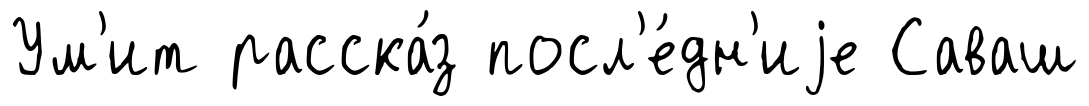
Ум'ит расска́з посл'е́дн'иjе Саваш